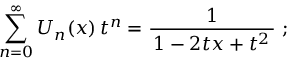
\sum _ { n = 0 } ^ { \infty } U _ { n } ( x ) \, t ^ { n } = { \frac { 1 } { \, 1 - 2 t x + t ^ { 2 } \, } } ~ ;